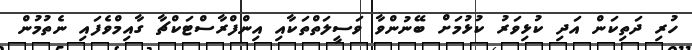
ހުރި ދަތިކަން އަދި ކުޅިވަރު ކުޅުމަށް ބޭނުންވާ ވަސީލަތްތަކާއި އިންފްރާސްޓަކްޗާ ގާއިމްވެފައި ނެތުމުން